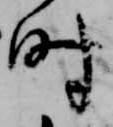
時